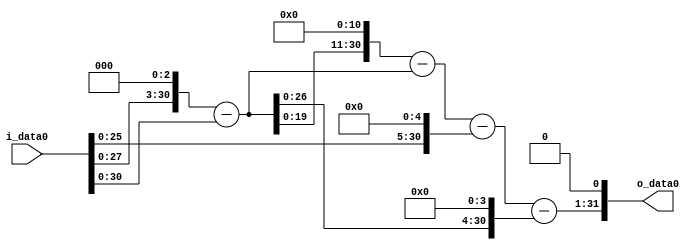
module multiplier_block (
    i_data0,
    o_data0
);

  // Port mode declarations:
  input   [31:0] i_data0;
  output  [31:0]
    o_data0;

  //Multipliers:

  wire [31:0]
    w1,
    w8,
    w7,
    w14336,
    w14329,
    w32,
    w14297,
    w112,
    w14185,
    w28370;

  assign w1 = i_data0;
  assign w112 = w7 << 4;
  assign w14185 = w14297 - w112;
  assign w14297 = w14329 - w32;
  assign w14329 = w14336 - w7;
  assign w14336 = w7 << 11;
  assign w28370 = w14185 << 1;
  assign w32 = w1 << 5;
  assign w7 = w8 - w1;
  assign w8 = w1 << 3;

  assign o_data0 = w28370;

  //multiplier_block area estimate = 6725.98062426471;
endmodule